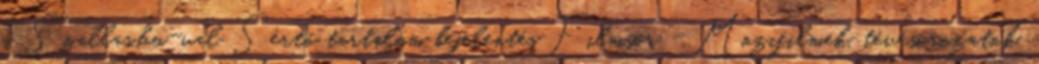
a Szallas.hu-val Sértő tartalom bejelentés Filmsor - Mozifilmek, tévésorozatok,